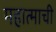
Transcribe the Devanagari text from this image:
महात्माची